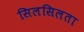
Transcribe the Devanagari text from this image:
सिलसिलता